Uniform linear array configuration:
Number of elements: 16
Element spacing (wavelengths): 1
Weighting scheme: blackman
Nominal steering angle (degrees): -45
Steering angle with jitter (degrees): -45.289
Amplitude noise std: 0.05
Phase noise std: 0.05

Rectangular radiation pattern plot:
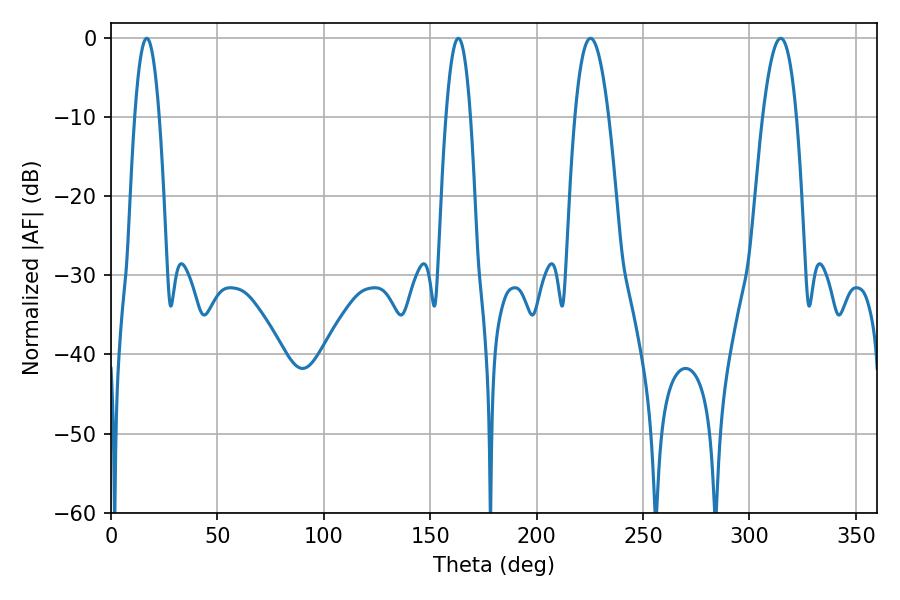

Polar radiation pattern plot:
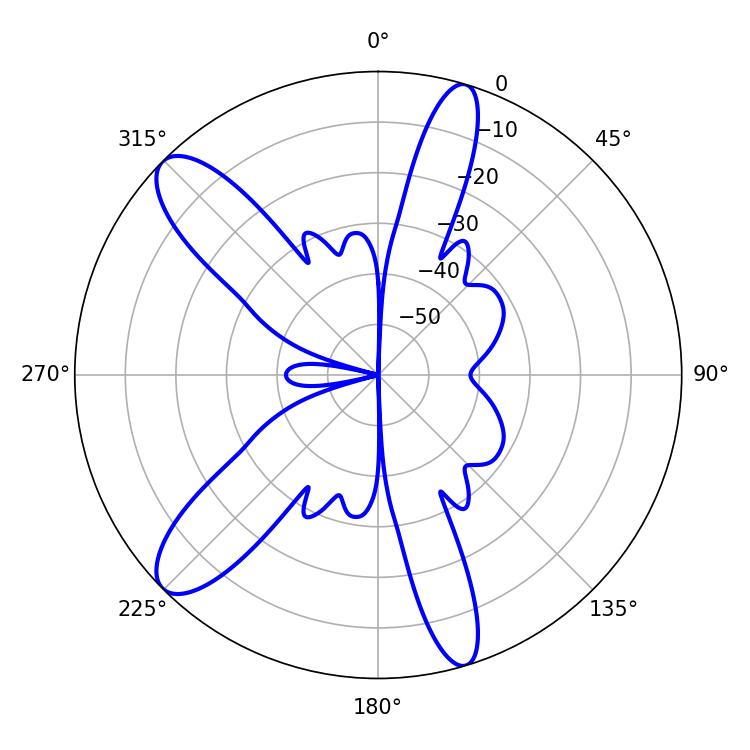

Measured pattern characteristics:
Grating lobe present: TRUE
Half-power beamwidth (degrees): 8.64
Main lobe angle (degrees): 225.36